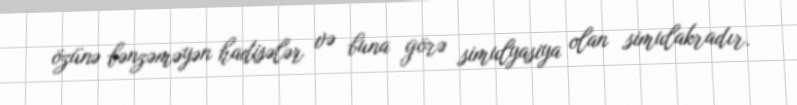
özünə bənzəməyən hadisələr və buna görə simulyasiya olan simulakradır.